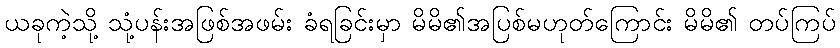
ယခုကဲ့သို့ သုံ့ပန်းအဖြစ်အဖမ်း ခံရခြင်းမှာ မိမိ၏အပြစ်မဟုတ်ကြောင်း မိမိ၏ တပ်ကြပ်